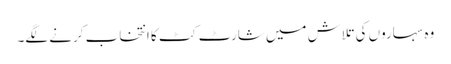
وہ سہاروں کی تلاش میں شارٹ کٹ کا انتخاب کرنے لگے۔